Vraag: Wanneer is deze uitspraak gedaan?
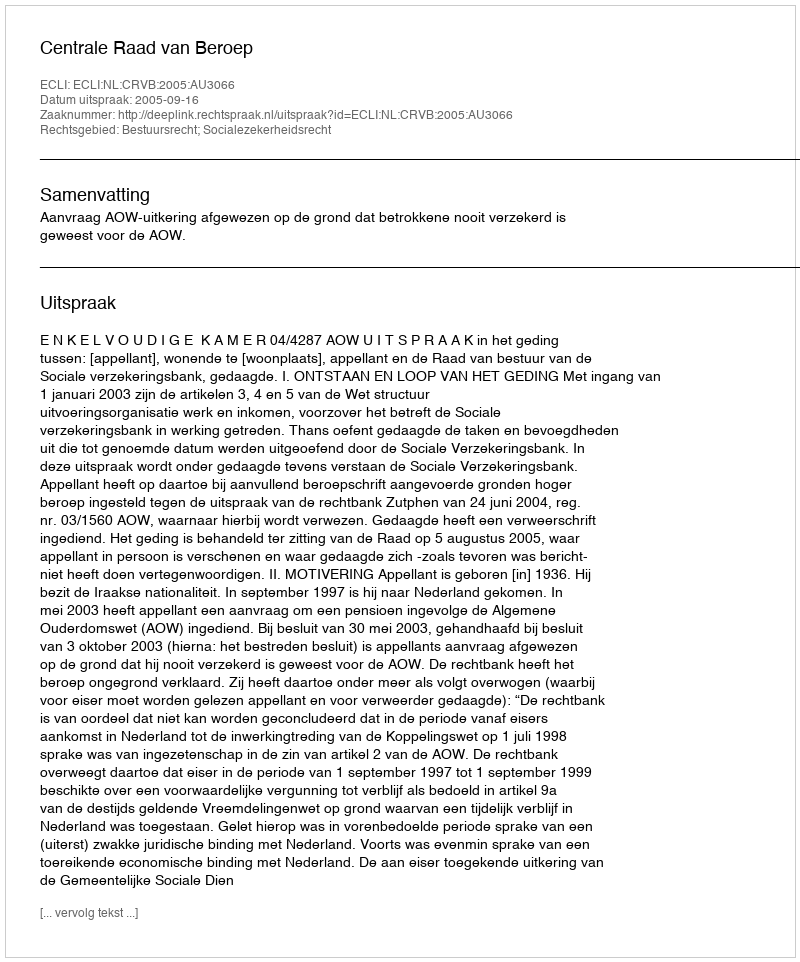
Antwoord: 2005-09-16